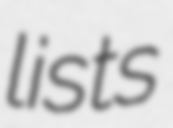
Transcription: lists